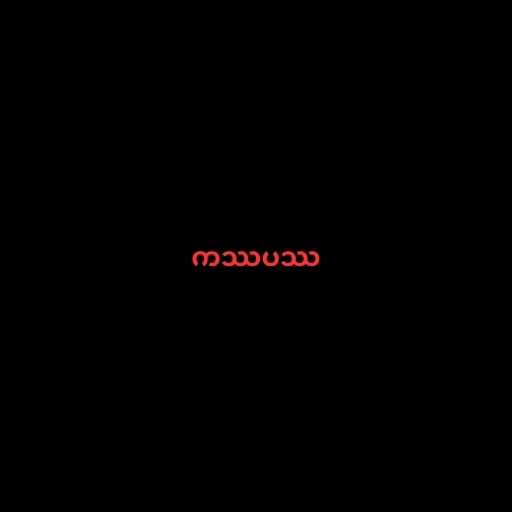
ကဿပဿ